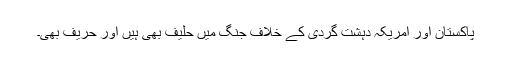
پاکستان اور امریکہ دہشت گردی کے خلاف جنگ میں حلیف بھی ہیں اور حریف بھی۔